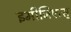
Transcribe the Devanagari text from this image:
इमीजिएत्स्